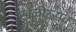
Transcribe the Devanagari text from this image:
खेळोत्सव